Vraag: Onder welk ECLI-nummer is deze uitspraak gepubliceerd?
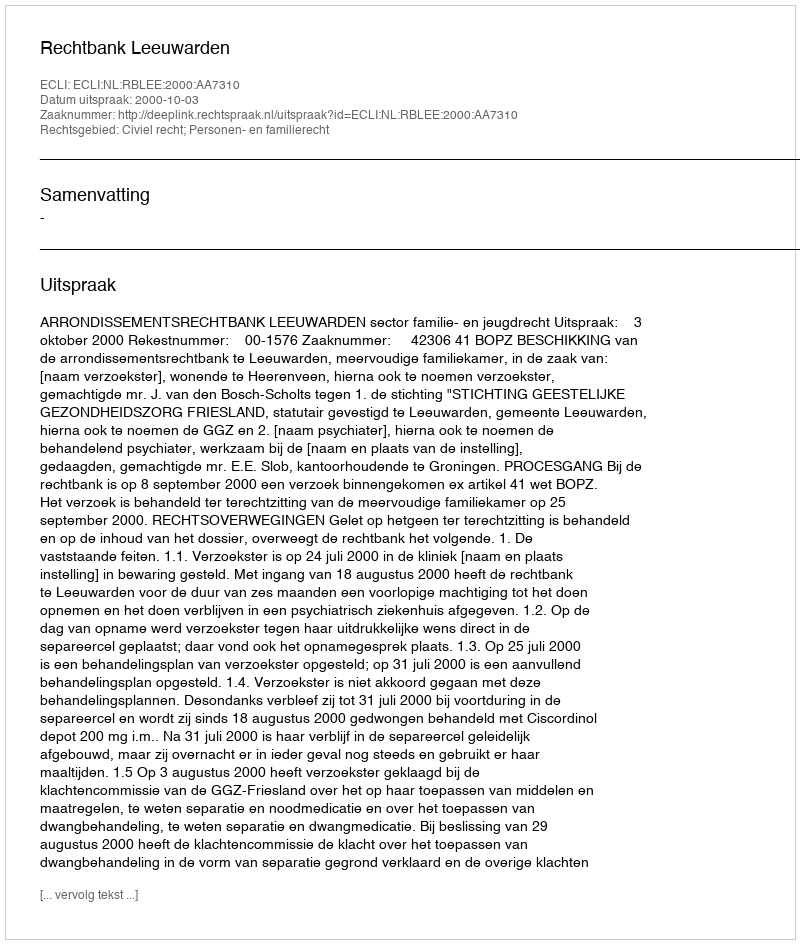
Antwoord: ECLI:NL:RBLEE:2000:AA7310